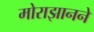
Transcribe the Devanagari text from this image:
मोराझानने